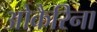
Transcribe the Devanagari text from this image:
ओकैरिना